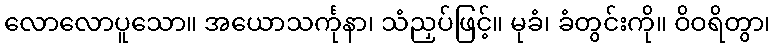
လောလောပူသော။ အယောသင်္ကုနာ၊ သံညှပ်ဖြင့်။ မုခံ၊ ခံတွင်းကို။ ဝိဝရိတွာ၊